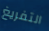
التفريغ